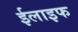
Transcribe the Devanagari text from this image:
ईलाइफ